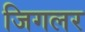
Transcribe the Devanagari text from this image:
जिगलर